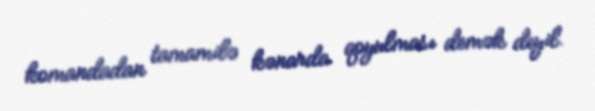
komandadan tamamilə kənarda qoyulması demək deyil.